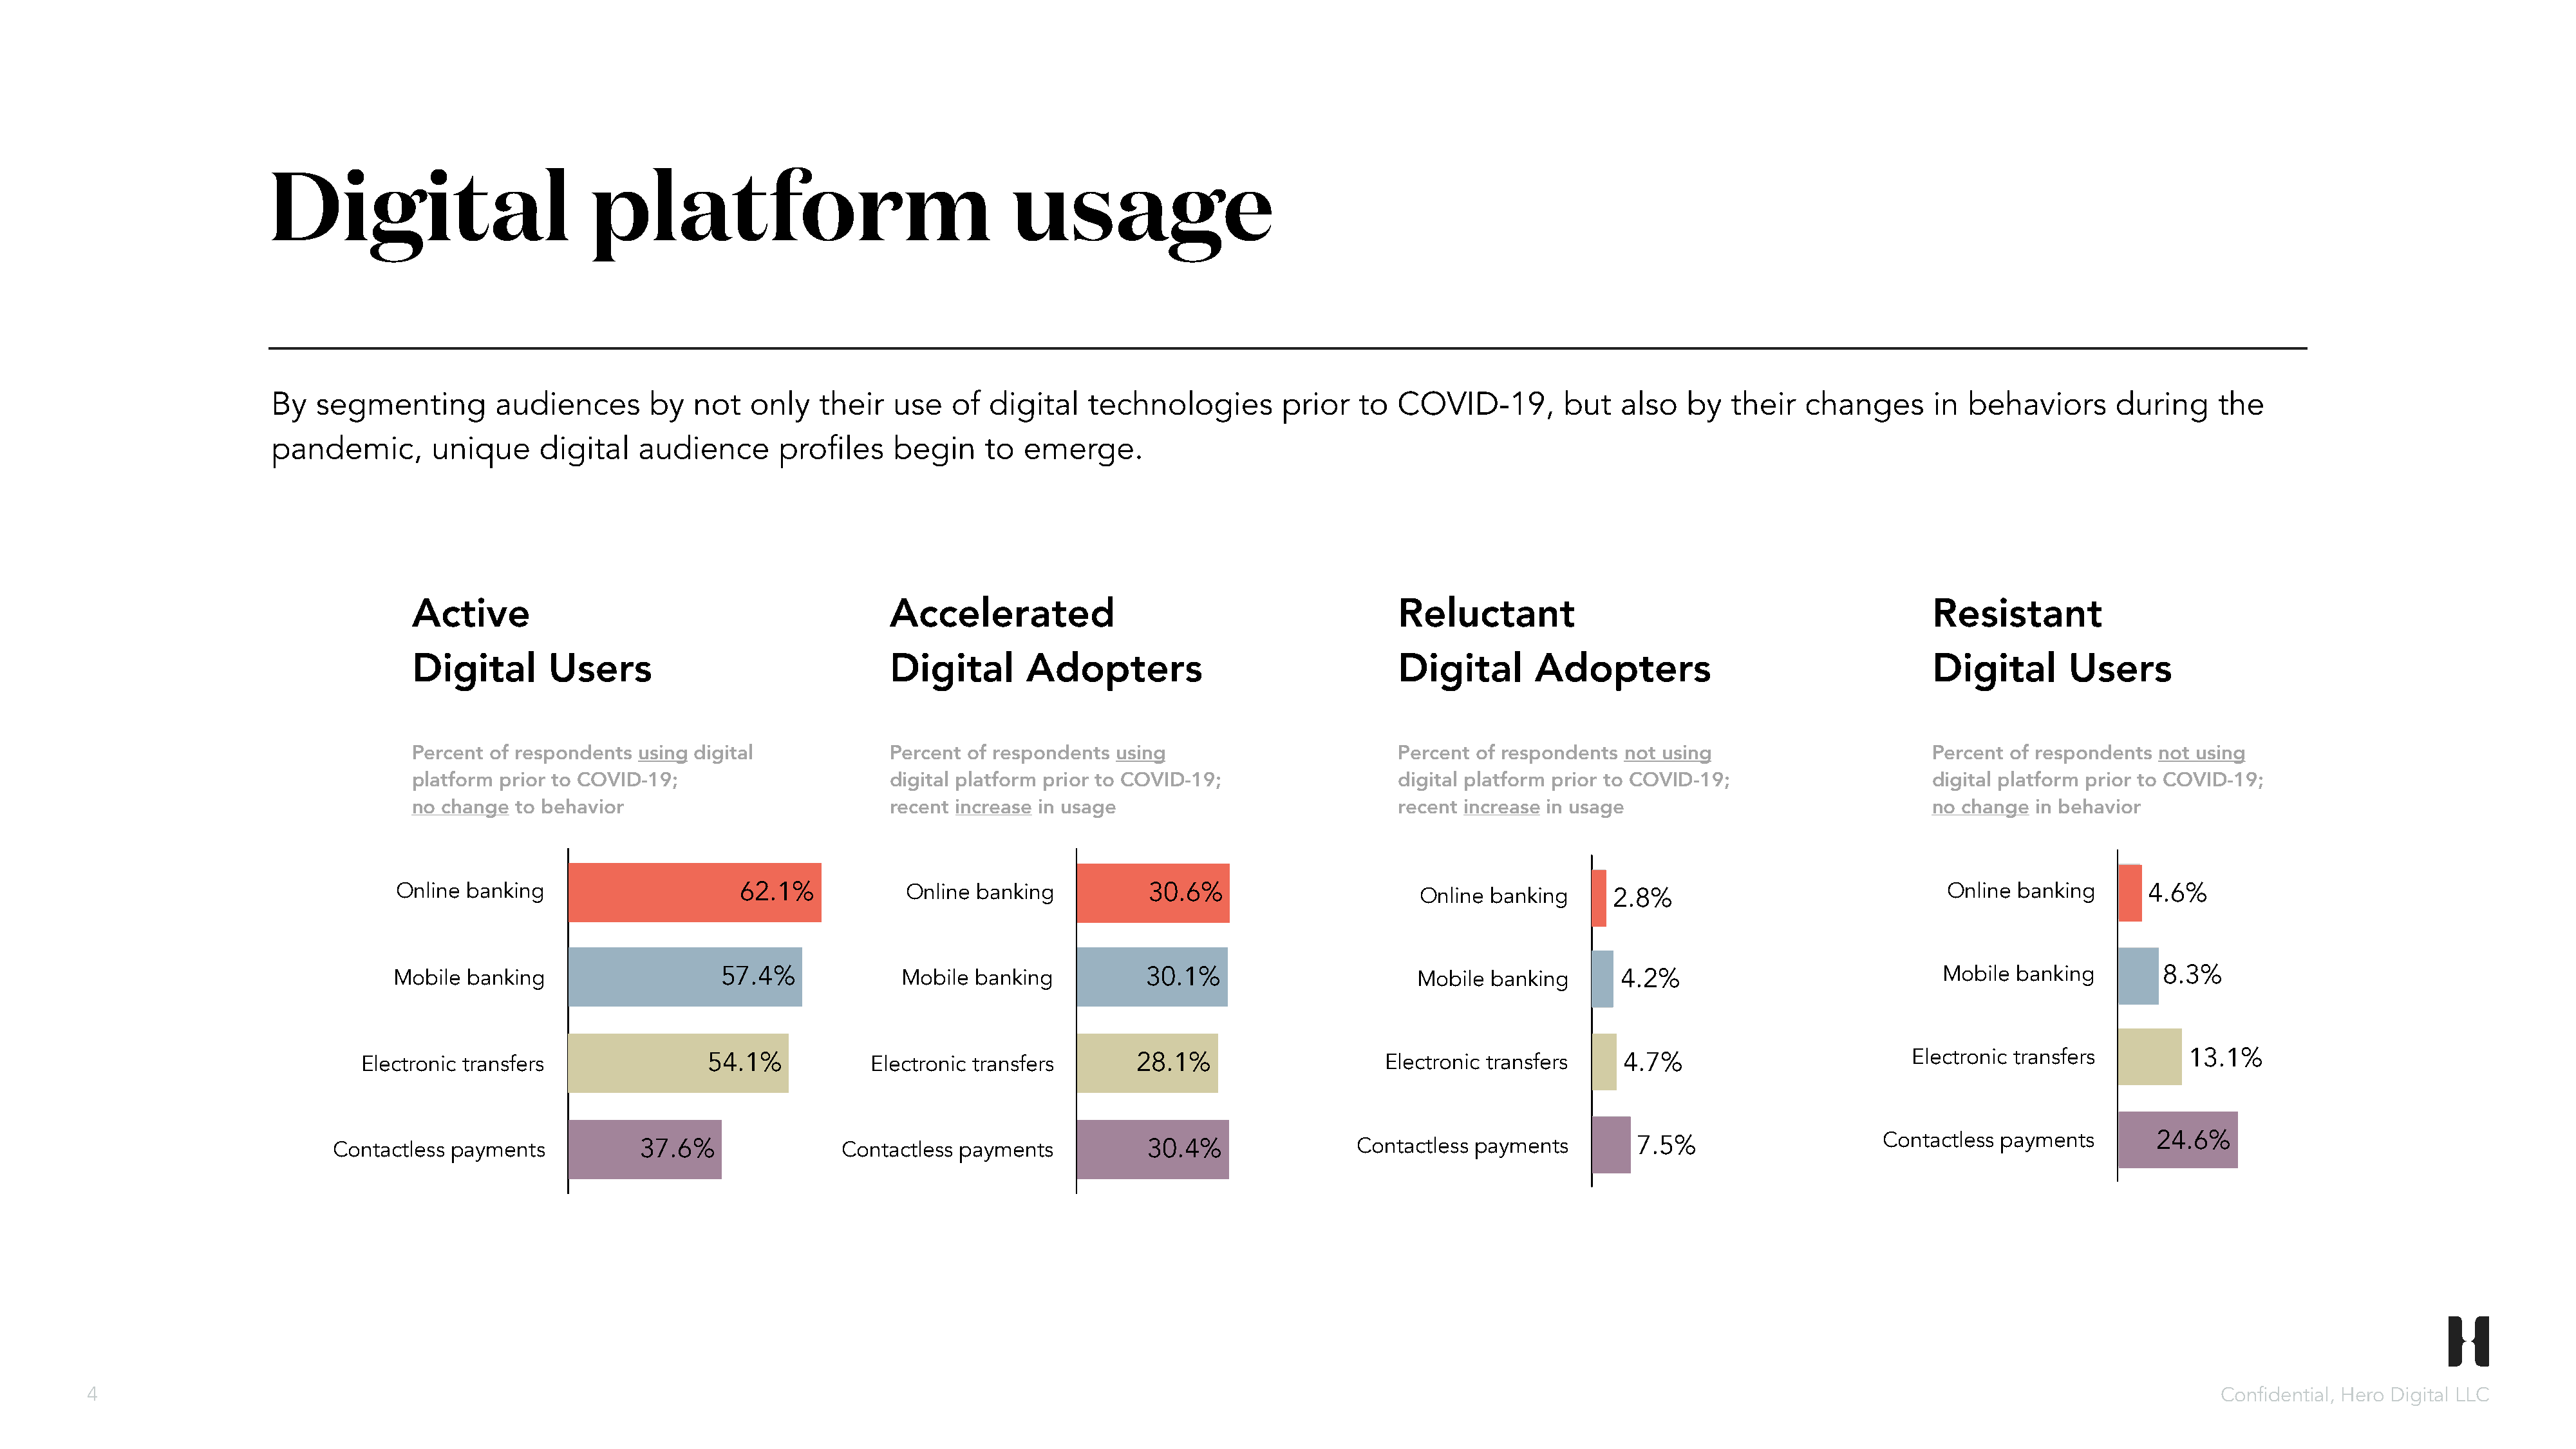
Digital                          platform                                   usage
 By  segmenting         audiences       by  not   only   their   use   of  digital   technologies        prior   to  COVID-19,        but   also  by   their   changes      in behaviors      during     the
 pandemic,       unique     digital    audience      profiles    begin    to  emerge.
 Active                                           Accelerated                                          Reluctant                                              Resistant
 Digital       Users                              Digital       Adopters                               Digital       Adopters                                 Digital       Users
 Percent of respondents  using digital            Percent of respondents  using                        Percent of respondents not using                       Percent of respondents not using
 platform prior to COVID-19;                      digital platform prior to COVID-19;                  digital platform prior to COVID-19;                    digital platform prior to COVID-19;
 no change  to behavior                           recent increase in usage                             recent increase in usage                               no change in behavior
 Online banking                     62.1%            Online banking           30.6%                       Online banking      2.8%                              Online banking       4.6%
 Mobile  banking                   57.4%              Mobile banking           30.1%                       Mobile banking       4.2%                             Mobile banking        8.3%
 Electronic transfers                54.1%            Electronic transfers       28.1%                    Electronic transfers     4.7%                          Electronic transfers        13.1%
 Contactless payments            37.6%               Contactless  payments           30.4%                Contactless  payments        7.5%                      Contactless payments        24.6%
 4                                                                                                                                                                                                                          Confidential, Hero Digital LLC